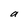
Character: a